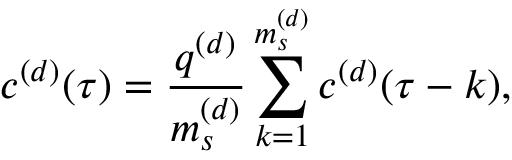
c ^ { ( d ) } ( \tau ) = \frac { q ^ { ( d ) } } { m _ { s } ^ { ( d ) } } \sum _ { k = 1 } ^ { m _ { s } ^ { ( d ) } } c ^ { ( d ) } ( \tau - k ) ,